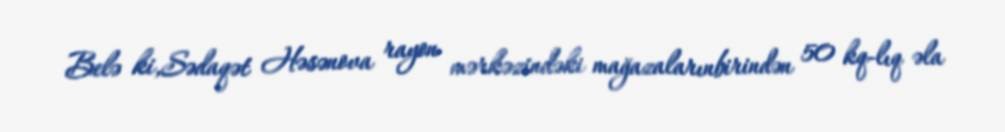
Belə ki,Sədaqət Həsənova rayon mərkəzindəki mağazalarınbirindən 50 kq-lıq əla